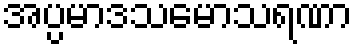
အပ္ပမာဒသမောသရဏာ